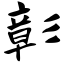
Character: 彰